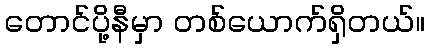
တောင်ပို့နီမှာ တစ်ယောက်ရှိတယ်။